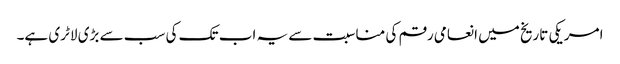
امریکی تاریخ میں انعامی رقم کی مناسبت سے یہ اب تک کی سب سے بڑی لاٹری ہے۔